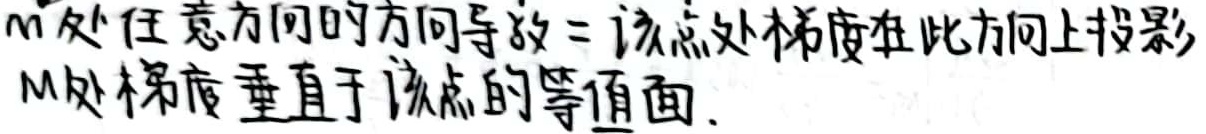
$M$处任意方向的方向导数$=$该点处梯度在此方向上投影，$M$处梯度垂直于该点的等值面.